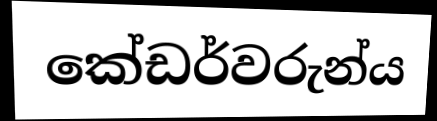
කේඩර්වරුන්ය